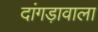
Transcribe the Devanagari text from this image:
दांगड़ावाला